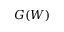
G ( W )